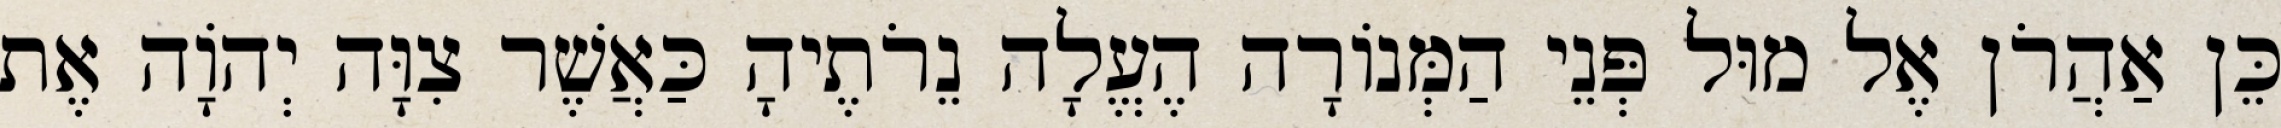
כֵּן אַהֲרֹן אֶל מוּל פְּנֵי הַמְּנוֹרָה הֶעֱלָה נֵרֹתֶיהָ כַּאֲשֶׁר צִוָּה יְהוָֹה אֶת